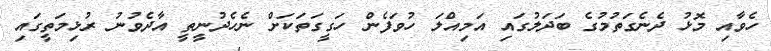
ހެވާއި މޮޅު ދެނެގަތުމުގެ ބަދަލުގައި އަމިއްލަ ހުވަފެން ހަގީގަތަކަށް ނެހެދުނީތީ އާދެވުނު ރުޅިމަތީގައި